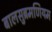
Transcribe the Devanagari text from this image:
बालसुब्रमणियम